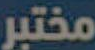
مختبر